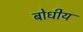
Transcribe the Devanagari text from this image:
बोधीय